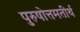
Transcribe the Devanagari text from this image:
पुरुषोत्तमतीर्थ